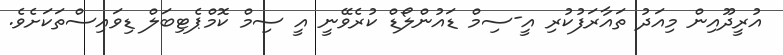
އުރީދޫއިން މިއަދު ތައާރަފުކުރި އީ-ސިމް ޑައުންލޯޑް ކުރެވޭނީ އީ ސިމް ކޮމްޕެޓިބަލް ޑިވައިސްތަކަށެވެ.